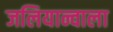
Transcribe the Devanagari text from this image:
जलियान्वाला